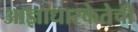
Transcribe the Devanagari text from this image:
आज्ञाधारकेतेची